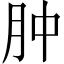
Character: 肿